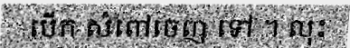
បើក សំពៅចេញ ទៅ ។ លុះ